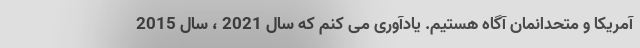
آمریکا و متحدانمان آگاه هستیم. یادآوری می کنم که سال 2021 ، سال 2015